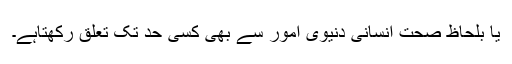
یا بلحاظ صحتِ انسانی دنیوی امور سے بھی کسی حد تک تعلق رکھتاہے۔